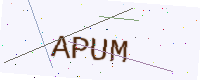
Text: APUM